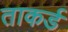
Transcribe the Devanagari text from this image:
ताकर्ड